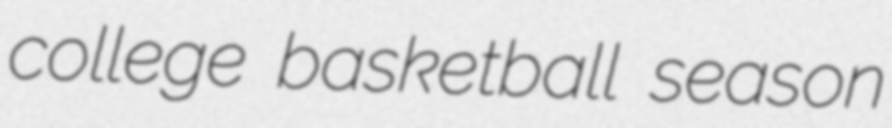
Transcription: college basketball season